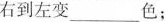
右到左变___色；